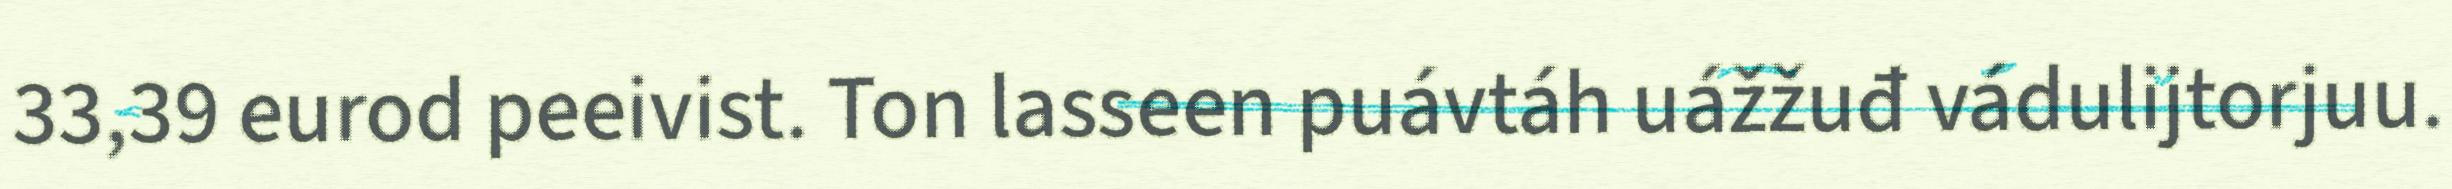
33,39 eurod peeivist. Ton lasseen puávtáh uážžuđ vádulijtorjuu.